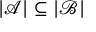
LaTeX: | { \mathcal { A } } | \subseteq | { \mathcal { B } } |